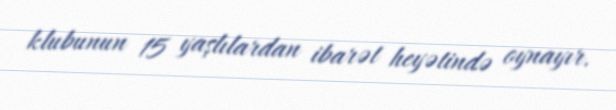
klubunun 15 yaşlılardan ibarət heyətində oynayır.